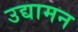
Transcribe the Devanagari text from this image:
उद्यामन